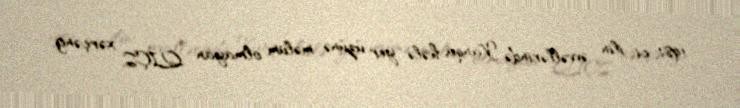
1981-ci ilin əvvəllərində Vanqa hələ yer üzünə məlum olmayan QİÇS, xərçəng,